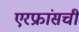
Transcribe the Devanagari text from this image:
एरफ्रांसची